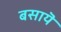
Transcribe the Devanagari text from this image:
बसायॆ